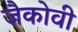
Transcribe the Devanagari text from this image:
जैकोवी